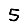
Digit: 5